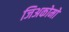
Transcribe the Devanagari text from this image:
जिअकोमो